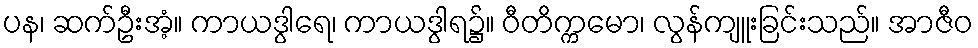
ပန၊ ဆက်ဦးအံ့။ ကာယဒွါရေ၊ ကာယဒွါရ၌။ ဝီတိက္ကမော၊ လွန်ကျူးခြင်းသည်။ အာဇီဝ